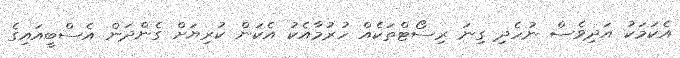
އެކަމަކު އަދިވެސް ނުހެދި ގިނަ ރިސޯޓްތަކެއް ހުރުމާއެކު އެކަން ކުރިޔަށް ގެންދަން އެސްބީއައިގެ